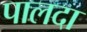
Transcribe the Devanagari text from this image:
पालदा